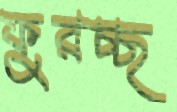
ফুরচ্ছ